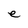
Character: e